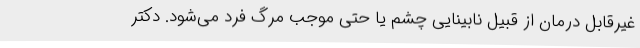
غیرقابل درمان از قبیل نابینایی چشم یا حتی موجب مرگ فرد می‌شود. دکتر